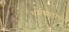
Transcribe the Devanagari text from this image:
धर्मपालाचे